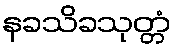
နခသိခသုတ္တံ